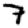
Digit: 7